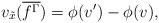
LaTeX: \begin{align*}v_{\tilde{x}}(\overline{f^{\Gamma}})=\phi(v')-\phi(v),\end{align*}